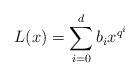
LaTeX: \begin{align*}L(x)=\sum_{i=0}^d b_i x^{q^i}\end{align*}